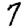
Digit: 7